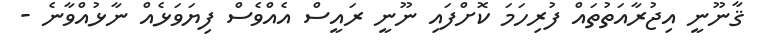
ޤާނޫނީ އިޖުރާއަތުތައް ފުރިހަމަ ކޮށްފައި ނޫނީ ރައީސް އެއްވެސް ފިޔަވަޅެއް ނާޅުއްވާނެ -